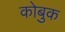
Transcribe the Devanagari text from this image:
कोबुक